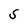
Character: S